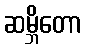
ဆမ္ဘိတော